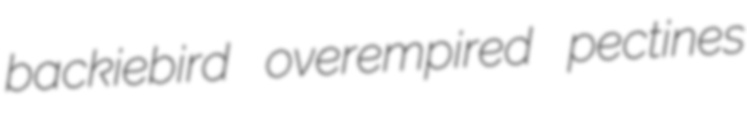
backiebird overempired pectines